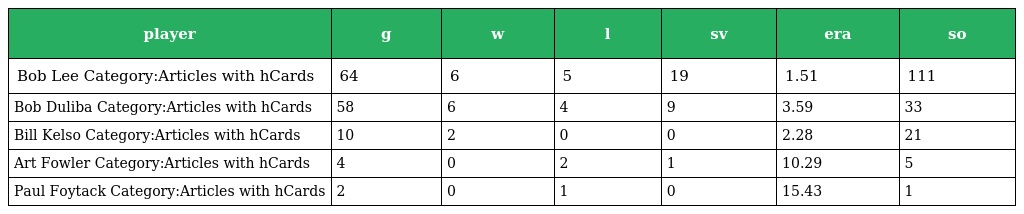
| player | g | w | l | sv | era | so |
 | --- | --- | --- | --- | --- | --- | --- |
 | Bob Lee Category:Articles with hCards | 64 | 6 | 5 | 19 | 1.51 | 111 |
 | Bob Duliba Category:Articles with hCards | 58 | 6 | 4 | 9 | 3.59 | 33 |
 | Bill Kelso Category:Articles with hCards | 10 | 2 | 0 | 0 | 2.28 | 21 |
 | Art Fowler Category:Articles with hCards | 4 | 0 | 2 | 1 | 10.29 | 5 |
 | Paul Foytack Category:Articles with hCards | 2 | 0 | 1 | 0 | 15.43 | 1 |